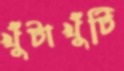
খুঁটাখুঁটি